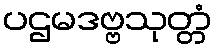
ပဌမဒဗ္ဗသုတ္တံ